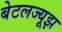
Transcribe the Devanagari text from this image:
बेटलज्यूझ